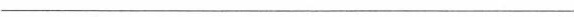
___